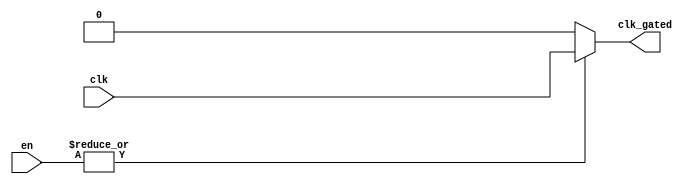
module clock_gating (
    input wire clk,              // Primary clock signal
    input wire [N-1:0] en,      // Enable signals (N enable signals)
    output wire clk_gated       // Gated clock signal
);
    parameter N = 4;            // Number of enable signals (adjust as needed)

    // Internal signal to hold the OR result of enable signals
    wire enable_or;

    // OR gate to combine enable signals
    assign enable_or = |en;     // Bitwise OR of all enable signals

    // Gated clock logic
    assign clk_gated = enable_or ? clk : 1'b0; // Pass clk if any enable is high, else 0

endmodule